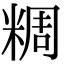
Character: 𥺝